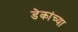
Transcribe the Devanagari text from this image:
डेकांच्या